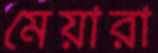
মেয়ারা